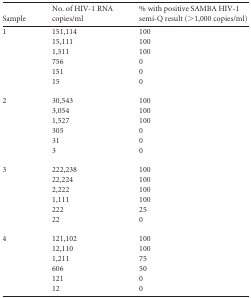
<table><thead><tr><td><b>Sample</b></td><td><b>No. of HIV-1 RNA copies/ml</b></td><td><b>% with positive SAMBA HIV-1 semi-Q result (&gt;1,000 copies/ml)</b></td></tr></thead><tbody><tr><td>1</td><td>151,114</td><td>100</td></tr><tr><td></td><td>15,111</td><td>100</td></tr><tr><td></td><td>1,511</td><td>100</td></tr><tr><td></td><td>756</td><td>0</td></tr><tr><td></td><td>151</td><td>0</td></tr><tr><td></td><td>15</td><td>0</td></tr><tr><td>2</td><td>30,543</td><td>100</td></tr><tr><td></td><td>3,054</td><td>100</td></tr><tr><td></td><td>1,527</td><td>100</td></tr><tr><td></td><td>305</td><td>0</td></tr><tr><td></td><td>31</td><td>0</td></tr><tr><td></td><td>3</td><td>0</td></tr><tr><td>3</td><td>222,238</td><td>100</td></tr><tr><td></td><td>22,224</td><td>100</td></tr><tr><td></td><td>2,222</td><td>100</td></tr><tr><td></td><td>1,111</td><td>100</td></tr><tr><td></td><td>222</td><td>25</td></tr><tr><td></td><td>22</td><td>0</td></tr><tr><td>4</td><td>121,102</td><td>100</td></tr><tr><td></td><td>12,110</td><td>100</td></tr><tr><td></td><td>1,211</td><td>75</td></tr><tr><td></td><td>606</td><td>50</td></tr><tr><td></td><td>121</td><td>0</td></tr><tr><td></td><td>12</td><td>0</td></tr></tbody></table>